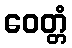
ဝေတ္တံ